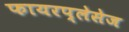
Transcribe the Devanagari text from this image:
फायरप्लेसेज